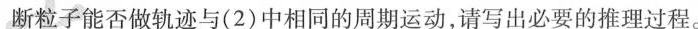
断粒子能否做轨迹与(2)中相同的周期运动，请写出必要的推理过程。